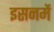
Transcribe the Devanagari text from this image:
इसनमें